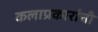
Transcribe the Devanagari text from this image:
कलाप्रकारांची